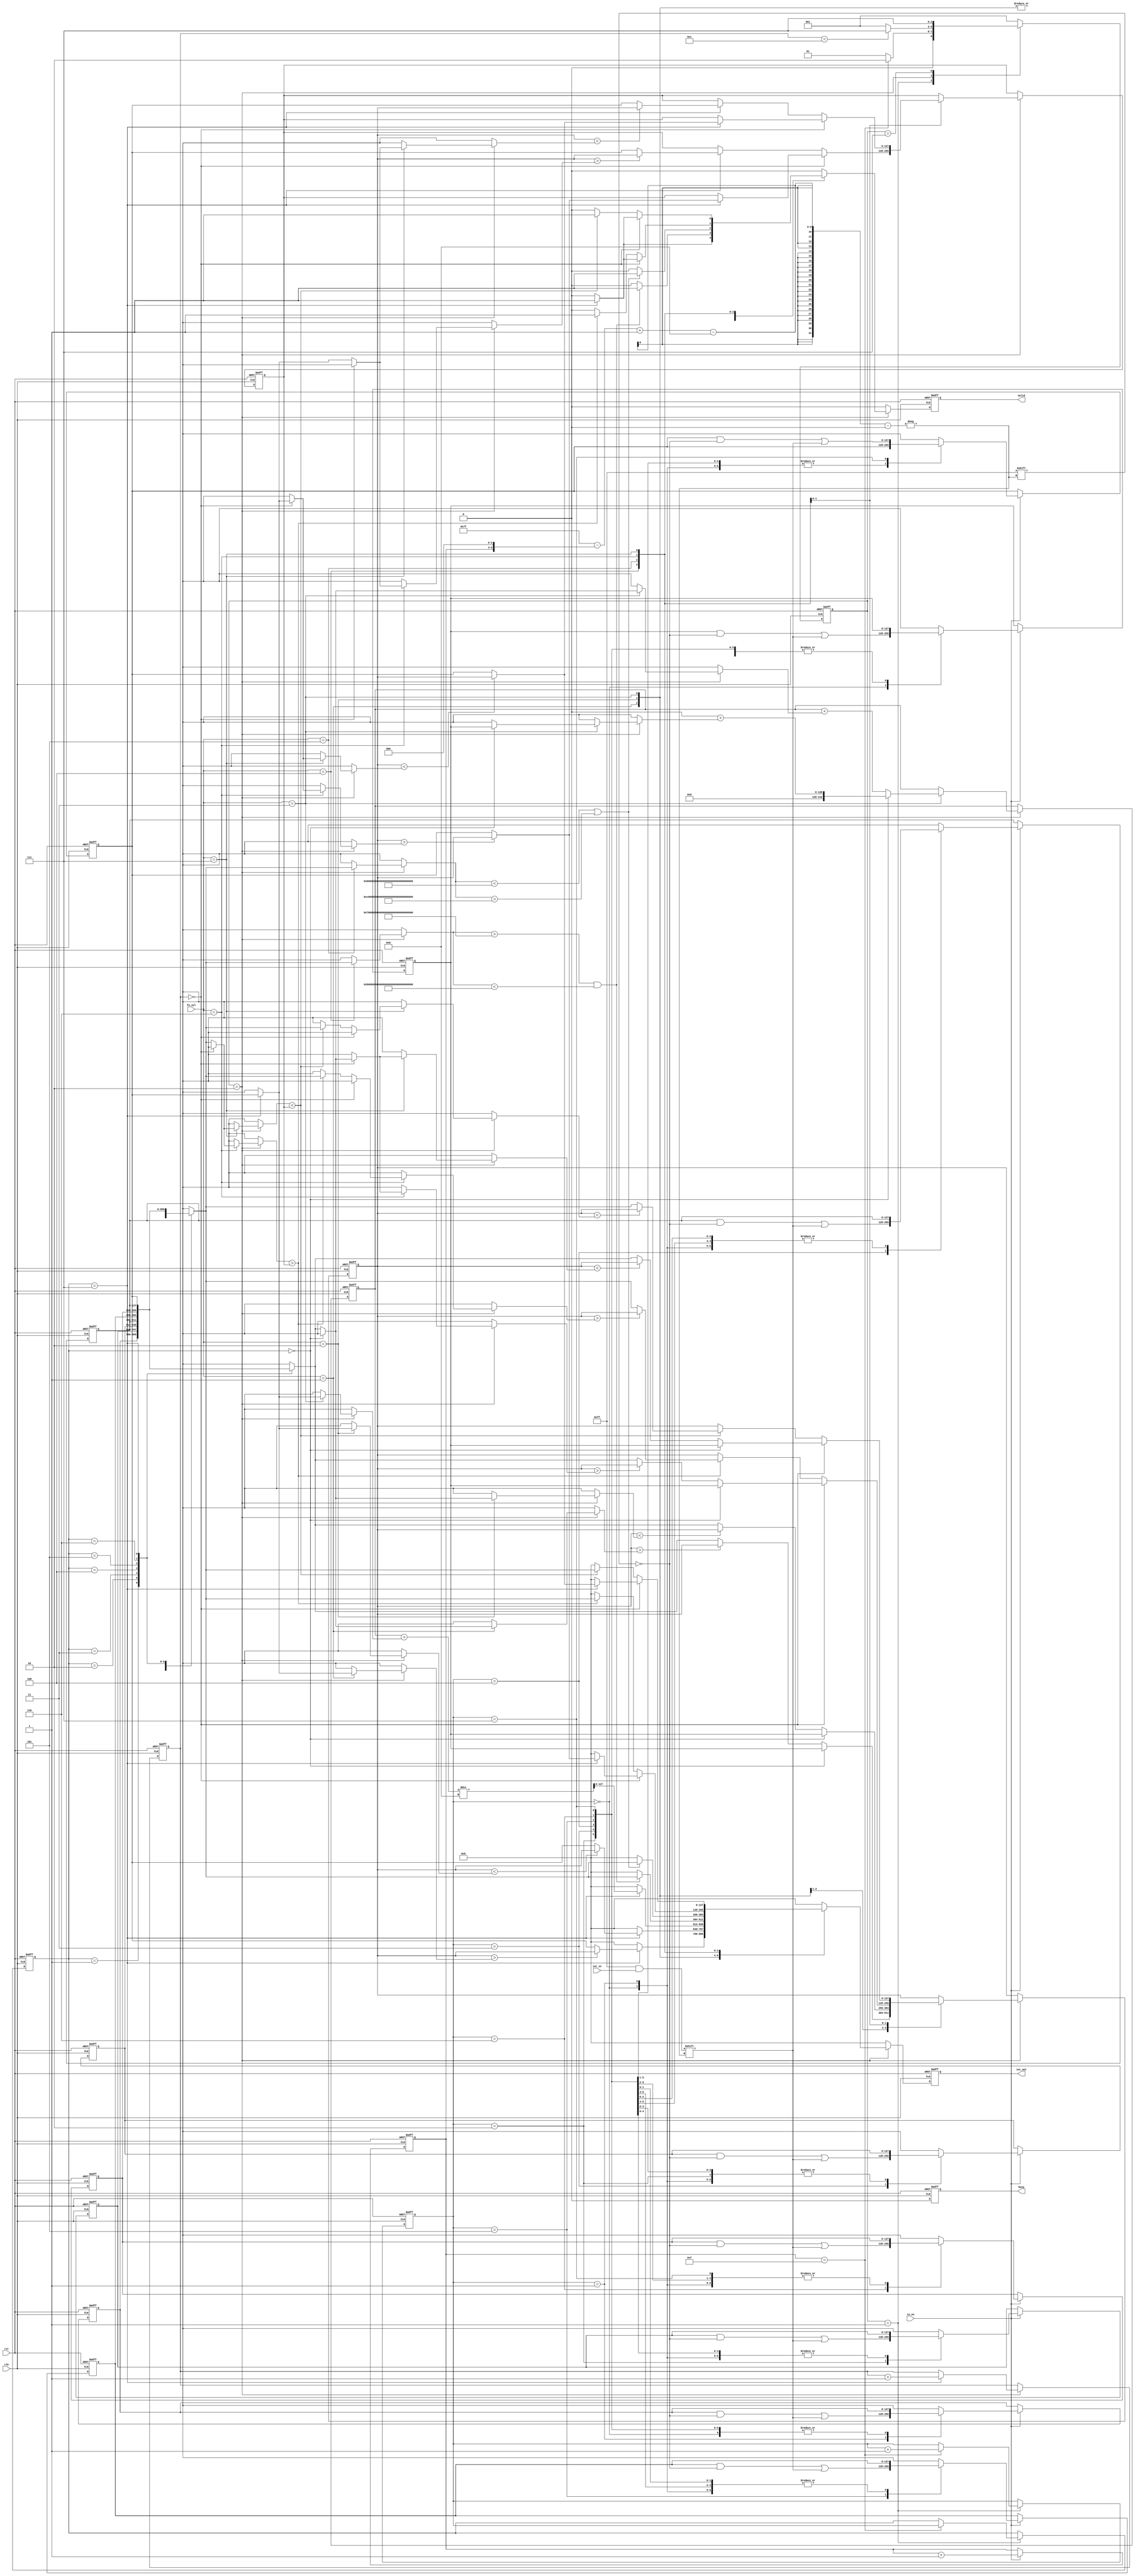
`timescale 1ns/10ps
module IOTDF( clk, rst, in_en, iot_in, fn_sel, busy, valid, iot_out);
input          clk;
input          rst;
input          in_en;
input  [7:0]   iot_in;
input  [2:0]   fn_sel;
output         busy;
output         valid;
output [127:0] iot_out;
// ---------------------------------------------------------------------------
// Wires and Registers
// ---------------------------------------------------------------------------
// outputs
reg	[127:0]	iot_out_w, iot_out_r;
reg			valid_w, valid_r,
			busy_w, busy_r;
// vars
reg	[127:0]	data[7:0], data_next[7:0]; // 128-bit data (16cycle * 8-bit), 8 data per round
reg	[142:0]	sum, sum_next; // sum of 16 * 128-bit --> 143-bit
reg	[2:0]	cur_state, next_state; // 000~111
reg	[7:0]	start_bit; // 0~127 (8*cycle for loading data)
reg	[3:0]	count_cycle, count_cycle_next; // 0~15 (16 cycle for loading 1 data)
reg [2:0]	count_data, count_data_next; // 0~7 (8 data per round)
reg [2:0]	data_idx, data_idx_next; // 0~7 (8 data per round)
reg	[3:0]	count_round, count_round_next; // 0~11 (12 round with 96 input)
reg [127:0] compare, compare_next; // compare result (MAX or MIN)
reg [127:0] last_extre, last_extre_next; // compare result (MAX or MIN)
reg	[3:0]	i;
reg			enable;
// para
parameter S_IDLE	= 3'b000; // Idle
parameter S_LOAD	= 3'b001; // waiting for data loader
parameter S_EX		= 3'b010; // comparasion
parameter S_OUT		= 3'b011; // output the result
parameter S_END		= 3'b111; // end

parameter F_MAX		= 3'b001; // Max(N)
parameter F_MIN		= 3'b010; // Min(N)
parameter F_AVG		= 3'b011; // Avg(N)
parameter F_EXTRACT	= 3'b100; // Extract(low < data < high)
parameter F_EXCLUDE	= 3'b101; // Exclude(data<low , high<data)
parameter F_PEAKMAX	= 3'b110; // PeakMax(the data is larger than previous output data)
parameter F_PEAKMIN	= 3'b111; // PeakMin(the data is smaller than previous output data)
// ---------------------------------------------------------------------------
// Continuous Assignment
// ---------------------------------------------------------------------------
assign iot_out	= iot_out_r; // output
assign valid	= valid_r; // 1 when output
assign busy		= busy_r; // 1 for pause input

// ---------------------------------------------------------------------------
// Combinational Blocks
// ---------------------------------------------------------------------------
// state
always@(*) begin
	count_data_next		= count_data;
	data_idx_next		= data_idx;
	enable				= 1;
	case(cur_state) 
		S_IDLE: begin
			next_state	= S_LOAD;
		end
		S_LOAD: begin
			if(count_cycle == 4'd15) begin
				count_data_next	= count_data + 1;
				data_idx_next	= count_data;
				next_state	= S_EX;
			end else begin
				next_state		= S_LOAD;
			end
		end
		S_EX: begin
			if(count_round == 12) begin
				next_state	= S_END;
			end else begin
				next_state	= S_LOAD;
			end
		end
		S_END: begin
			next_state	= S_END;
			enable		= 0;
		end
		default: begin
			next_state	= S_LOAD;
		end
	endcase
end
// Load Data // load 96 * 128-bit data (8-bit * 16-cycle per data) 
always@(*) begin
	for(i=0;i<=7;i=i+1)
		data_next[i] = data[i];
	if(in_en) begin
		start_bit			= 127 - (count_cycle << 3); // *8
		data_next[count_data][start_bit -: 8]	= iot_in; // data[0~7][0~15]
		count_cycle_next	= count_cycle + 1;
	end else begin
		count_cycle_next	= count_cycle;
	end
end
// Function
always@(*) begin
	valid_w				= 0;
	busy_w				= 0;
	iot_out_w			= 0;
	sum_next			= sum;
	last_extre_next		= last_extre;
	count_round_next	= count_round;
	compare_next		= compare;
	if(cur_state == S_EX) begin
		if(data_idx == 7) begin
			count_round_next	= count_round + 1;
		end
		case(fn_sel)
			F_MAX: begin
				if(data_idx == 0) begin
					compare_next	= data[0];
				end else begin
					compare_next	= (compare > data[data_idx])? compare : data[data_idx];
				end
				if(data_idx == 7) begin
					valid_w			= 1;
					iot_out_w		= (compare > data[data_idx])? compare : data[data_idx];
				end else begin 
					valid_w		= 0;
					iot_out_w	= 0;
				end
			end
			F_MIN: begin
				if(data_idx == 0) begin
					compare_next	= data[0];
				end else begin
					compare_next	= (compare < data[data_idx])? compare : data[data_idx];
				end
				if(data_idx == 7) begin
					valid_w			= 1;
					iot_out_w		= (compare < data[data_idx])? compare : data[data_idx];
				end else begin 
					valid_w		= 0;
					iot_out_w	= 0;
				end
			end
			F_AVG: begin
				if(data_idx == 0) begin
					sum_next = 143'd0 + data[data_idx];
				end else begin
					sum_next = sum + data[data_idx];
				end
				if(data_idx == 7) begin
					valid_w			= 1;
					iot_out_w		= (sum + data[data_idx]) / 8;
				end else begin 
					valid_w		= 0;
					iot_out_w	= 0;
				end
			end
			F_EXTRACT: begin
				if(data[data_idx] > 128'h6FFFFFFFFFFFFFFFFFFFFFFFFFFFFFFF && data[data_idx] < 128'hAFFFFFFFFFFFFFFFFFFFFFFFFFFFFFFF) begin
					valid_w		= 1;
					iot_out_w	= data[data_idx];
				end else begin 
					valid_w		= 0;
					iot_out_w	= 0;
				end
			end
			F_EXCLUDE: begin
				if(data[data_idx] < 128'h7FFFFFFFFFFFFFFFFFFFFFFFFFFFFFFF || data[data_idx] > 128'hBFFFFFFFFFFFFFFFFFFFFFFFFFFFFFFF) begin
					valid_w		= 1;
					iot_out_w	= data[data_idx];
				end else begin 
					valid_w		= 0;
					iot_out_w	= 0;
				end
			end
			F_PEAKMAX: begin
				last_extre_next	= last_extre;
				compare_next	= compare;
				if(count_round == 0) begin
					if(data_idx == 0) begin
						compare_next	= data[0];
					end else begin
						compare_next	= (compare > data[data_idx])? compare : data[data_idx];
					end
					if(data_idx == 7) begin
						valid_w			= 1;
						iot_out_w		= (compare > data[data_idx])? compare : data[data_idx];
						last_extre_next	= (compare > data[data_idx])? compare : data[data_idx];
					end else begin
						valid_w			= 0;
						iot_out_w		= 0;
					end
				end else begin
					if(data[data_idx] > last_extre) begin
						valid_w			= 1;
						iot_out_w		= data[data_idx];
						compare_next	= (compare > data[data_idx])? compare : data[data_idx];
					end else begin 
						valid_w			= 0;
						iot_out_w		= 0;
					end
					if(data_idx == 7) begin
						last_extre_next	= (compare > data[data_idx])? compare : data[data_idx];
					end
				end
			end
			F_PEAKMIN: begin
				last_extre_next	= last_extre;
				compare_next	= compare;
				if(count_round == 0) begin
					if(data_idx == 0) begin
						compare_next	= data[0];
					end else begin
						compare_next	= (compare < data[data_idx])? compare : data[data_idx];
					end
					if(data_idx == 7) begin
						valid_w			= 1;
						iot_out_w		= (compare < data[data_idx])? compare : data[data_idx];
						last_extre_next	= (compare < data[data_idx])? compare : data[data_idx];
					end else begin
						valid_w			= 0;
						iot_out_w		= 0;
					end
				end else begin
					if(data[data_idx] < last_extre) begin
						valid_w			= 1;
						iot_out_w		= data[data_idx];
						compare_next	= (compare < data[data_idx])? compare : data[data_idx];
					end else begin 
						valid_w			= 0;
						iot_out_w		= 0;
					end
					if(data_idx == 7) begin
						last_extre_next	= (compare < data[data_idx])? compare : data[data_idx];
					end
				end
			end
			default: begin
				valid_w			= 0;
				iot_out_w		= 0;
			end
		endcase
	end else begin
		valid_w			= 0;
		iot_out_w		= 0;
	end
end
// ---------------------------------------------------------------------------
// Sequential Block
// ---------------------------------------------------------------------------
always@(posedge clk or posedge rst) begin
	if(rst) begin
		iot_out_r	<= 0;
		valid_r		<= 0;
		busy_r		<= 0;

		for(i=0;i<=7;i=i+1)
			data[i]		<= 0;
		compare		<= 0;
		sum			<= 0;
		data_idx	<= 0;
		count_round	<= 0;
		last_extre	<= 0;
		count_data	<= 0;
		count_cycle	<= 0;
		cur_state	<= S_IDLE;
	end else begin
		for(i=0;i<=7;i=i+1)
			data[i]		<= data_next[i];
		sum			<= sum_next;
		compare		<= compare_next;
		data_idx	<= data_idx_next;
		last_extre	<= last_extre_next;
		
		count_round	<= count_round_next;
		count_data	<= count_data_next;
		count_cycle	<= count_cycle_next;
		cur_state	<= next_state;

		busy_r		<= busy_w;
		valid_r		<= valid_w;
		iot_out_r	<= iot_out_w;
	end
end
endmodule